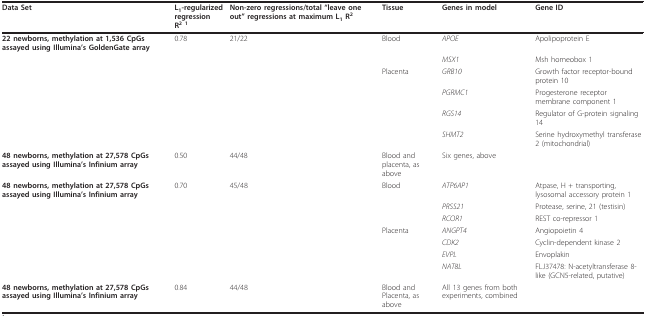
| Data Set | L1-regularized regressionR2 1 | Non-zero regressions/total "leave one out" regressions at maximum L1 R2 | Tissue | Genes in model | Gene ID |
 | --- | --- | --- | --- | --- | --- |
 | 22 newborns, methylation at 1,536 CpGs assayed using Illumina's GoldenGate array | 0.78 | 21/22 | Blood | APOE | Apolipoprotein E |
 |  |  |  |  | MSX1 | Msh homeobox 1 |
 |  |  |  | Placenta | GRB10 | Growth factor receptor-bound protein 10 |
 |  |  |  |  | PGRMC1 | Progesterone receptor membrane component 1 |
 |  |  |  |  | RGS14 | Regulator of G-protein signaling 14 |
 |  |  |  |  | SHMT2 | Serine hydroxymethyl transferase 2 (mitochondrial) |
 | 48 newborns, methylation at 27,578 CpGs assayed using Illumina's Infinium array | 0.50 | 44/48 | Blood and placenta, as above | Six genes, above |  |
 | 48 newborns, methylation at 27,578 CpGs assayed using Illumina's Infinium array | 0.70 | 45/48 | Blood | ATP6AP1 | Atpase, H + transporting, lysosomal accessory protein 1 |
 |  |  |  |  | PRSS21 | Protease, serine, 21 (testisin) |
 |  |  |  |  | RCOR1 | REST co-repressor 1 |
 |  |  |  | Placenta | ANGPT4 | Angiopoietin 4 |
 |  |  |  |  | CDK2 | Cyclin-dependent kinase 2 |
 |  |  |  |  | EVPL | Envoplakin |
 |  |  |  |  | NAT8L | FLJ37478: N-acetyltransferase 8-like (GCN5-related, putative) |
 | 48 newborns, methylation at 27,578 CpGs assayed using Illumina's Infinium array | 0.84 | 44/48 | Blood and Placenta, as above | All 13 genes from both experiments, combined |  |